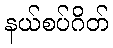
နယ်စပ်ဂိတ်